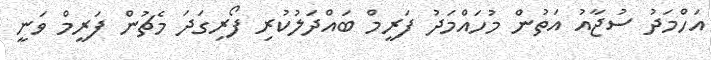
އަހްމަދު ސުޖާއު އަތުން މުހައްމަދު ފަރީމް ބައްދަލުކުރި ފޯރިގަދަ މެޗުން ފަރީމް ވަނީ